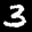
Label: 3